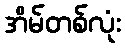
အိမ်တစ်လုံး